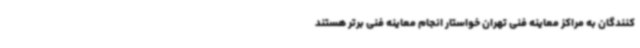
کنندگان به مراکز معاینه فنی تهران خواستار انجام معاینه فنی برتر هستند